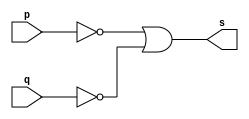
// Exercicio05 - NOR  
// Nome: Julio Miranda Machado 

// -- nor gate

module norgate(output s, input p, input q);
 assign s = (~p | ~q);
endmodule // norgate

module testnorgate;
 reg a, b;
 wire s;
 
norgate NOR1 (s, a, b);
 
initial begin: start
	a = 0;
	b = 0;
end

initial begin: main
	$display("Exercicio05 - Julio Miranda Machado - 435666"); 
	$display("Test nor gate");
	$display("\n\t\t\t(~a | ~b) = s\n");
	$monitor("%d\t(~%b | ~%b) = %b", $time,a, b, s);
	#1 a = 0; b = 0;
	#1 a = 0; b = 1;
	#1 a = 1; b = 0;
	#1 a = 1; b = 1;
end
endmodule // testnandgate